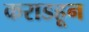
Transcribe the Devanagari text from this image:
कराडहून